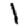
Digit: 1